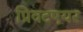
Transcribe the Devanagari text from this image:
प्रिवटएयर